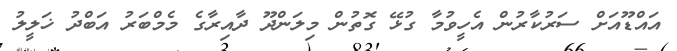
އައްޑޫއަށް ސަރުކާރުން އެހީވުމާ ގުޅޭ ގޮތުން މިލަންދޫ ދާއިރާގެ މެމްބަރު އަބްދު ޚަލީލު